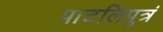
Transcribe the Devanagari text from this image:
पाटलिपुत्रं